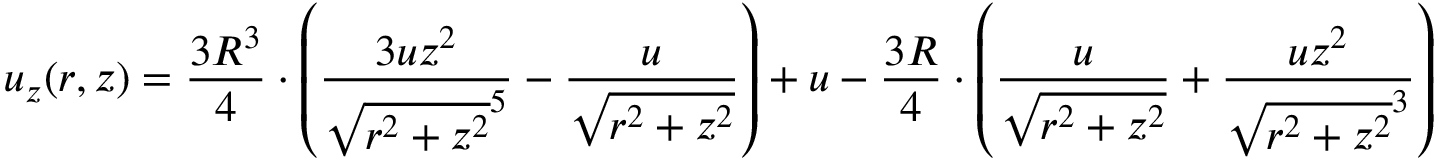
u _ { z } ( r , z ) = { \frac { 3 R ^ { 3 } } { 4 } } \cdot \left( { \frac { 3 u z ^ { 2 } } { { \sqrt { r ^ { 2 } + z ^ { 2 } } } ^ { 5 } } } - { \frac { u } { \sqrt { r ^ { 2 } + z ^ { 2 } } } } \right) + u - { \frac { 3 R } { 4 } } \cdot \left( { \frac { u } { \sqrt { r ^ { 2 } + z ^ { 2 } } } } + { \frac { u z ^ { 2 } } { { \sqrt { r ^ { 2 } + z ^ { 2 } } } ^ { 3 } } } \right)